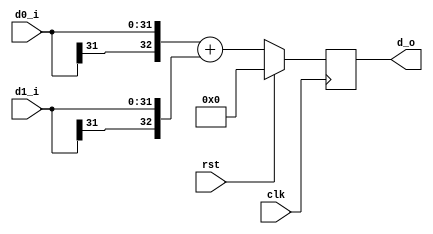
module addr2(
	clk,
	rst,
	d0_i,
	d1_i,
	d_o
	);
parameter IN_WIDTH = 32;

input clk;
input rst;
input wire [IN_WIDTH-1:0] d0_i;
input wire [IN_WIDTH-1:0] d1_i;
output reg [IN_WIDTH:0] d_o;

always @(posedge clk)
begin
	if (rst)
		d_o <= 0;
	else
		d_o <= {{1{d0_i[IN_WIDTH-1]}}, d0_i} + {{1{d1_i[IN_WIDTH-1]}}, d1_i};
end
endmodule